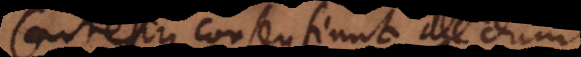
Cartesius consentiunt, ille dum